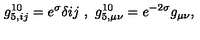
g _ { 5 , i j } ^ { 1 0 } = e ^ { \sigma } \delta { i j } \ , \ g _ { 5 , \mu \nu } ^ { 1 0 } = e ^ { - 2 \sigma } g _ { \mu \nu } ,